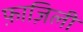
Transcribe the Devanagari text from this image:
फ़ाज़िली